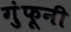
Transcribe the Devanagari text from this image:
गुंफूनी